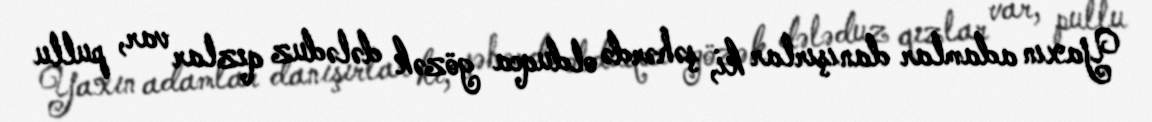
Yaxın adamlar danışırlar ki, şəhərdə olduqca gözək dələduz qızlar var, pullu